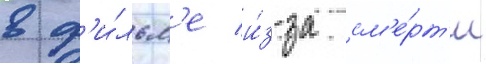
в ф'и́льм'е и́з-за см'е́рт'и